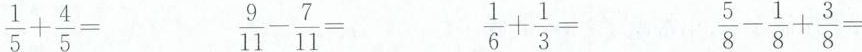
$$\frac { 1 } { 5 } + \frac { 4 } { 5 } =$$ $$\frac { 9 } { 1 1 } - \frac { 7 } { 1 1 } =$$ $$\frac { 1 } { 6 } + \frac { 1 } { 3 } =$$ $$\frac { 5 } { 8 } - \frac { 1 } { 8 } +